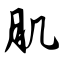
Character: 肌